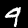
Label: 9